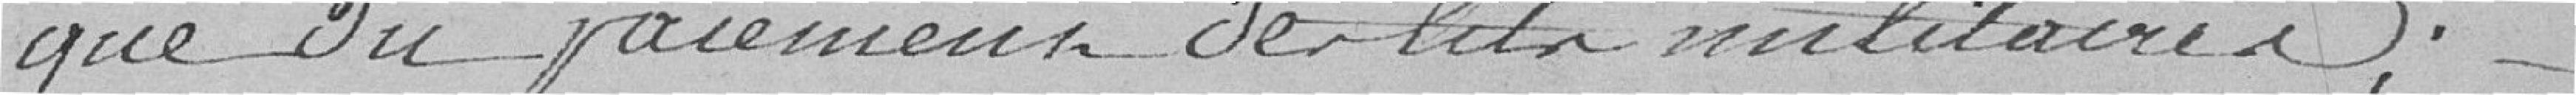
que du paiement de lits militaires ;